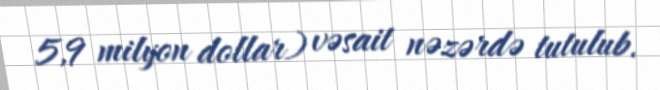
5,9 milyon dollar) vəsait nəzərdə tutulub.